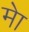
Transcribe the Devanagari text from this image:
मेा